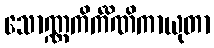
သောဏ္ဏကိင်္ကိဏိကာယုတာ